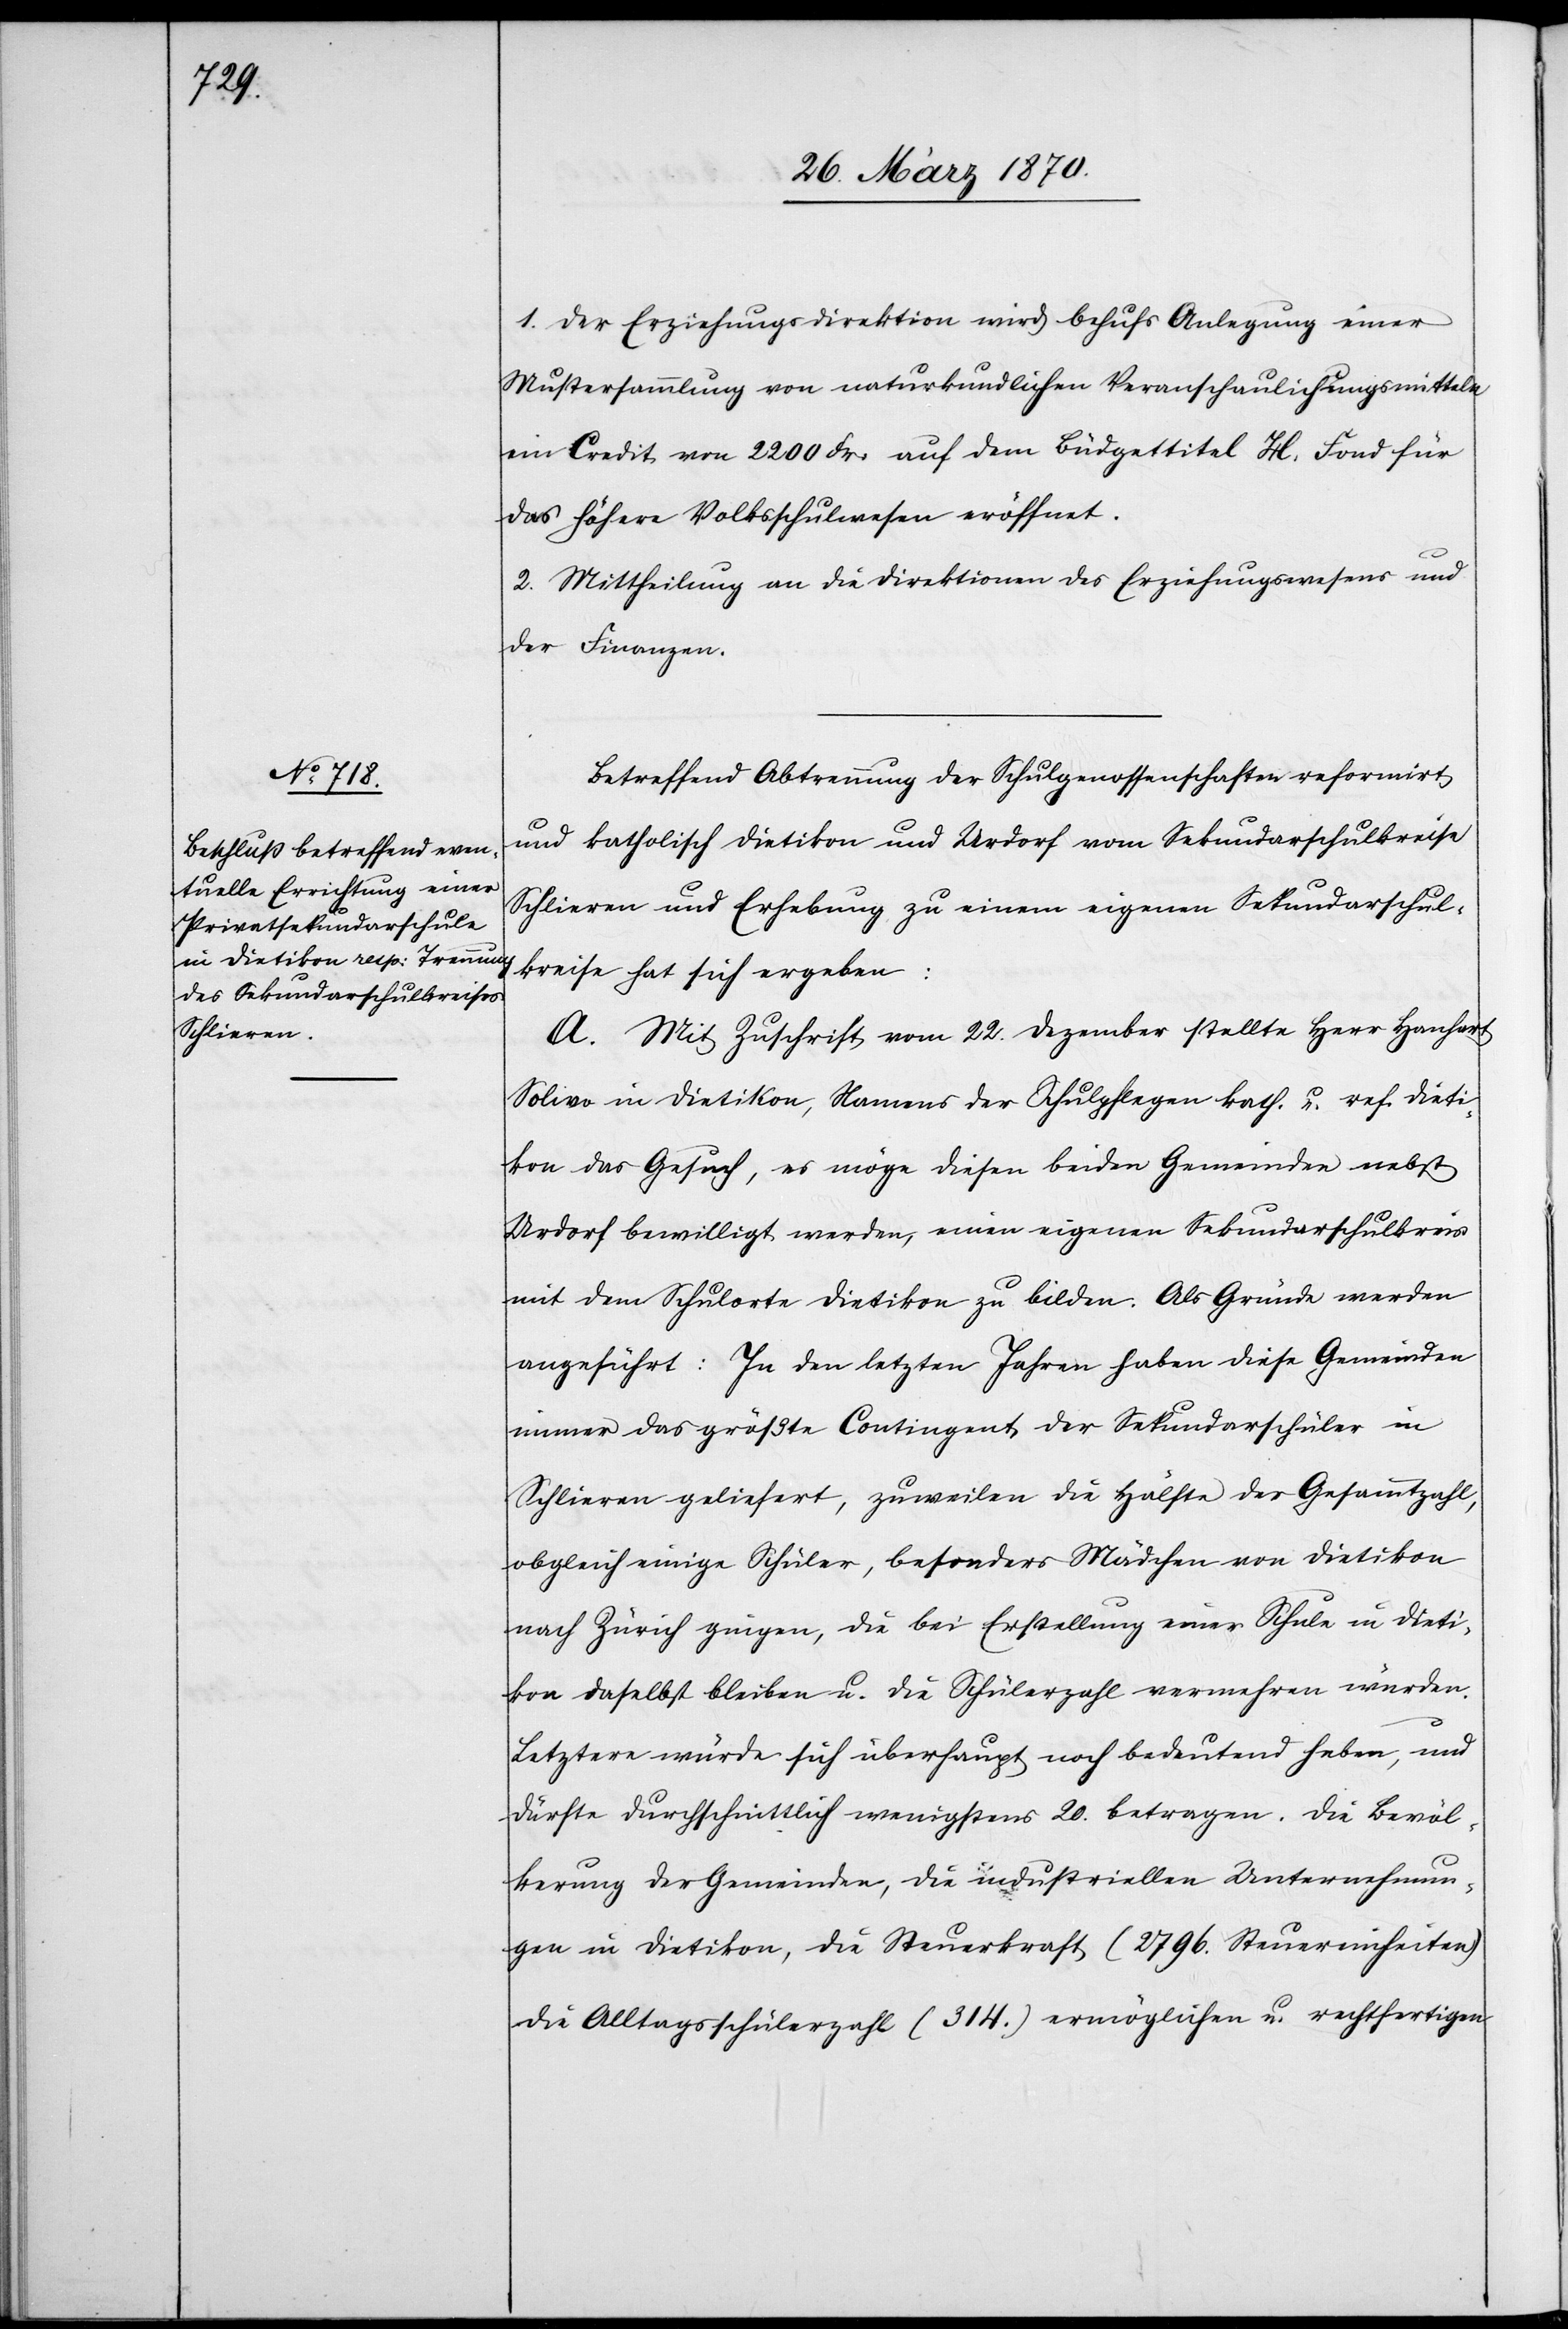
1. Der Erziehungsdirektion wird behufs Anlegung einer
Mustersammlung von naturkundlichen Veranschaulichungsmitteln
ein Credit von 2200 Fr: auf dem Büdgettitel H. Fond für
das höhere Volksschulwesen eröffnet.
2. Mittheilung an die Direktionen des Erziehungswesens und
der Finanzen.
Betreffend Abtrennung der Schulgenossenschaften reformirt
und katholisch Dietikon und Urdorf vom Sekundarschulkreise
Schlieren und Erhebung zu einem eigenen Sekundarschul¬
kreise hat sich ergeben:
A. Mit Zuschrift vom 22. Dezember stellte Herr Hanhart
Solivo in Dietikon, Namens der Schulpflegen kath. u. ref. Dieti¬
kon das Gesuch, es möge diesen beiden Gemeinden nebst
Urdorf bewilligt werden, einen eigenen Sekundarschulkreis
mit dem Schulorte Dietikon zu bilden. Als Gründe werden
angeführt: In den letzten Jahren haben diese Gemeinden
immer das größte Contingent der Sekundarschüler in
Schlieren geliefert, zuweilen die Hälfte der Gesammtzahl,
obgleich einige Schüler, besonders Mädchen von Dietikon
nach Zürich gingen, die bei Erstellung einer Schule in Dieti¬
kon daselbst bleiben u. die Schülerzahl vermehren würden.
Letztere würde sich überhaupt noch bedeutend heben, und
dürfte durchschnittlich wenigstens 20. betragen. Die Bevöl¬
kerung der Gemeinden, die industriellen Unternehmun¬
gen in Dietikon, die Steuerkraft (2796. Steuereinheiten),
die Alltagsschülerzahl (314.) ermöglichen u. rechtfertigen